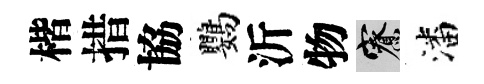
楷措協鸚沂物寮潘